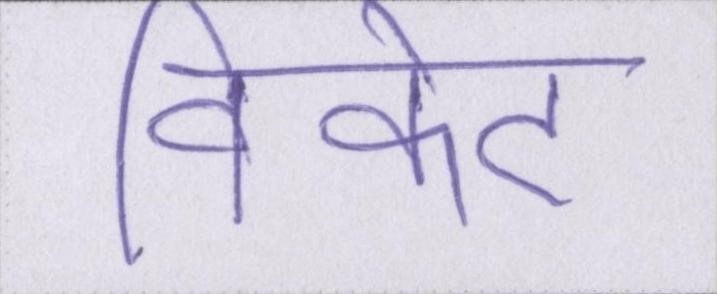
विकेट